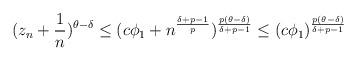
LaTeX: \begin{align*}{}\begin{aligned}(z_{n}+\frac{1}{n})^{\theta-\delta}& \leq{(c\phi_1+n^{\frac{\delta+p-1}{p}})^{\frac{p(\theta-\delta)}{\delta+p-1}}}\leq (c\phi_{1})^{\frac{p(\theta-\delta)}{\delta+p-1}}\end{aligned}\end{align*}